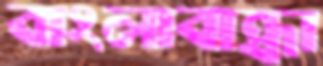
বাংলাবান্ধা